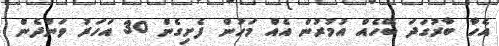
އެހާ ބާރުގަދަ ބޭހެއް އުމުރުން އެއް މަހުން ފެށިގެން 30 އަހަރު ވަންދެން